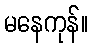
မနေကုန်။